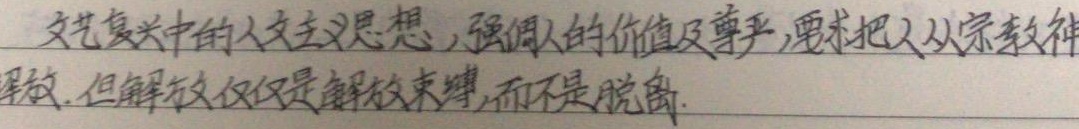
文艺复兴中的人文主义思想，强调人的价值及尊严，要求把人从宗教神解放。但解放仅仅是解放束缚，而不是脱离。